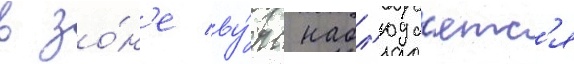
в зо́н'е ву́рс набл'юда́етс'я